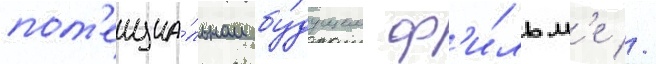
пот'енциа́льном бу́дущем ф'и́льм'е //